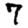
Digit: 7